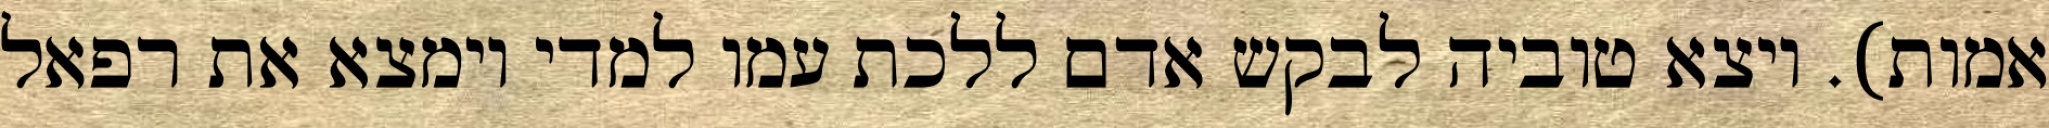
אמות). ויצא טוביה לבקש אדם ללכת עמו למדי וימצא את רפאל